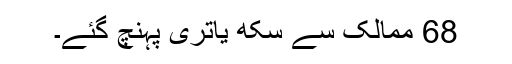
68 ممالک سے سِکھ یاتری پہنچ گئے۔